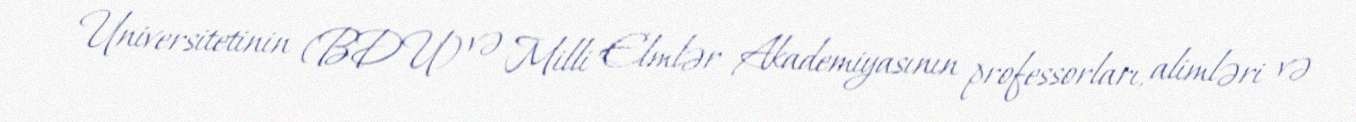
Universitetinin (BDU) və Milli Elmlər Akademiyasının professorları, alimləri və